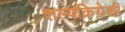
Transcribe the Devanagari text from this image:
शल्यक्रियेशी